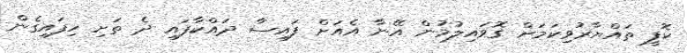
ކޮފީ ތައްޔާރުވިކަމަށް ގޮވައިލުމުން އޭނާ އެއަށް ފައިސާ ދައްކާފައި ދެ ތަށި ހިފައިގެން